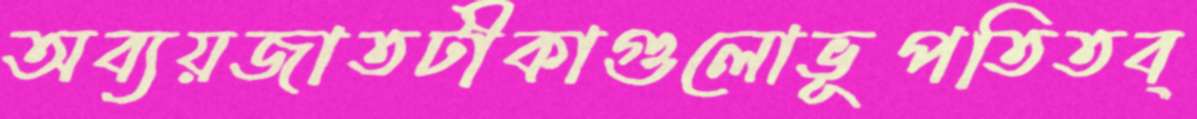
অব্যয়জাতটীকাগুলোভূপতিতব্